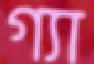
গ্যা